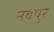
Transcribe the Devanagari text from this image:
नवपुर